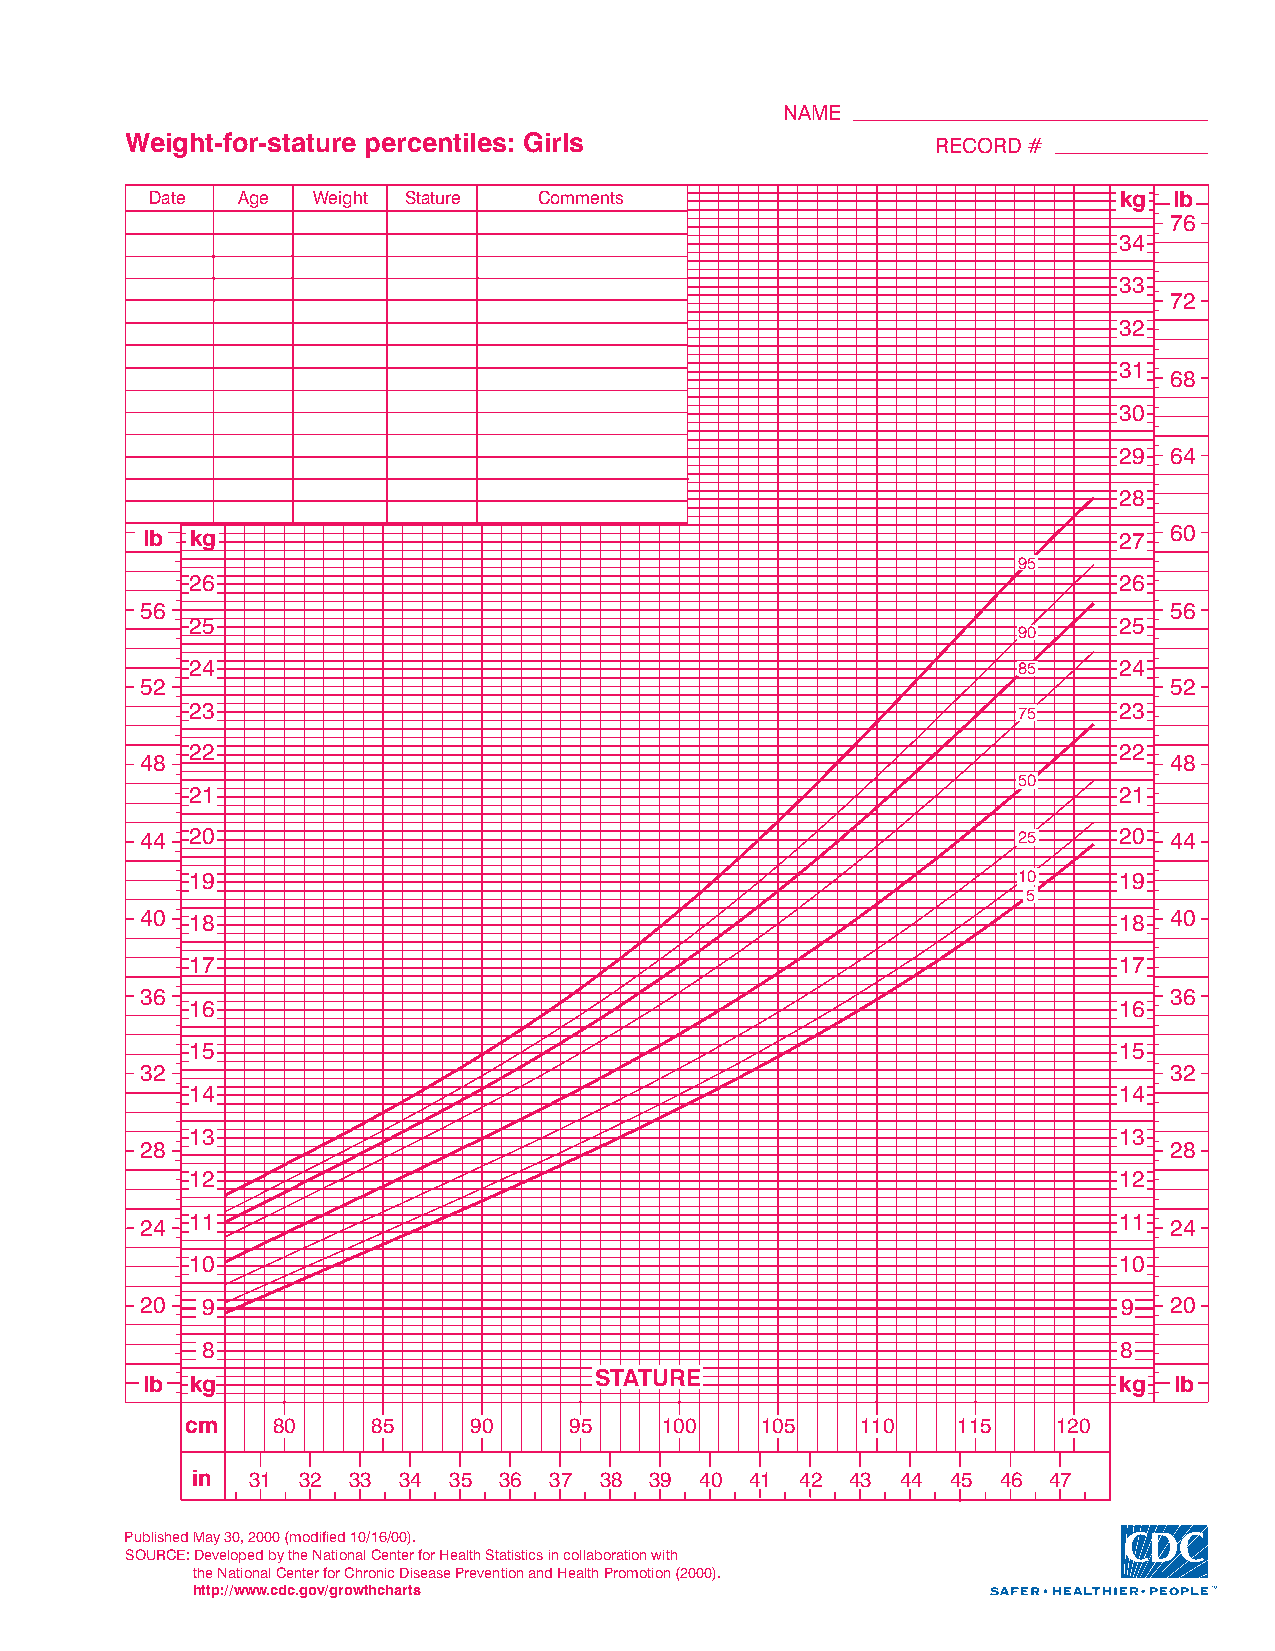
NAME
 Weight-for-stature percentiles: Girls                 RECORD#
 Date  Age  Weight Stature Comments                              kkgg llbb
 76
 34
 33
 72
 32
 31
 68
 30
 29 64
 28
 lb  kg                                                           27 60
 95
 26                                                           26
 56                                                                  56
 25                                                           25
 90
 24                                                    85     24
 52                                                                  52
 23                                                    75     23
 22                                                           22
 48                                                                  48
 50
 21                                                           21
 44  20                                                    25     20 44
 19                                                    10     19
 5
 40  18                                                           18 40
 17                                                           17
 36                                                                  36
 16                                                           16
 15                                                           15
 32                                                                  32
 14                                                           14
 13                                                           13
 28                                                                  28
 12                                                           12
 11                                                           11
 24                                                                  24
 10                                                           10
 20  9                                                            9  20
 8                                                            8
 STATURE
 lb  kg                                                           kg  lb
 cm    80     85    90     95    100   105    110   115    120
 in 31  32 33 34  35 36 37  38 39 40  41 42 43  44 45 46 47
 PublishedMay30,2000(modified10/16/00).
 SOURCE:DevelopedbytheNationalCenterforHealthStatisticsincollaborationwith
 theNationalCenterforChronicDiseasePreventionandHealthPromotion(2000).
 http://www.cdc.gov/growthcharts